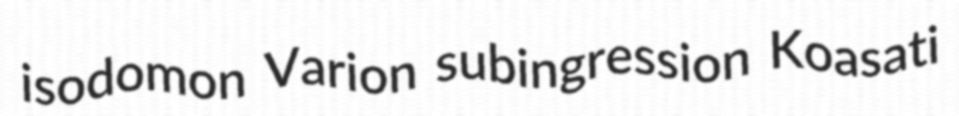
isodomon Varion subingression Koasati